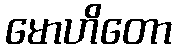
မောဟိတော